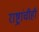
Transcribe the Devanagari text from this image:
राष्ट्रांचीही